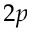
2 p